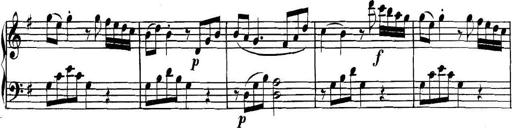
Title: Collected Piano Sonatas
Composer: Muzio Clementi